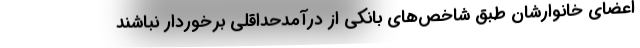
اعضای خانوارشان طبق شاخص‌های بانکی از درآمدحداقلی برخوردار نباشند